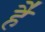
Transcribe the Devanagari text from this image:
है॑